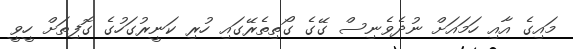
މައިގެ އާއި ހަމައަށް ނުދެވެނިސް ގޭގެ ގޯތިތެރޭގައި ހުރި ކަނީރުގަހުގެ ގޮފިތަށް ހީވީ